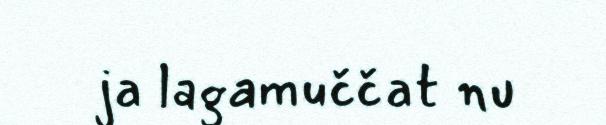
ja lagamuččat nu